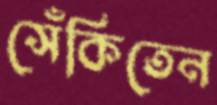
সেঁকিতেন